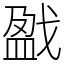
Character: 戤